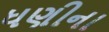
ધણીના